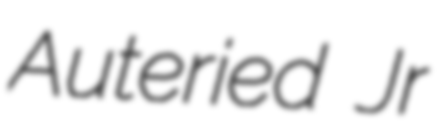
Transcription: Auteried Jr